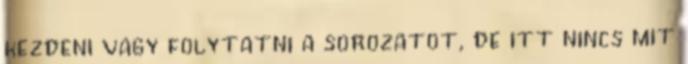
kezdeni vagy folytatni a sorozatot, de itt nincs mit